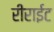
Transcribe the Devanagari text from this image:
रीराईट